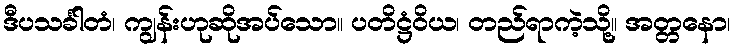
ဒီပသင်္ခါတံ၊ ကျွန်းဟုဆိုအပ်သော။ ပတိဋ္ဌံဝိယ၊ တည်ရာကဲ့သို့။ အတ္တနော၊